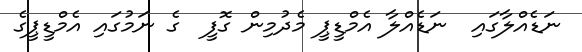
ނަޑެއްލާގައި  ނަޑެއްލާ އެމްޑީޕީ މެދުމިން ގޮފީ  ގެ ނަމުގައި އެމްޑީޕީގެ